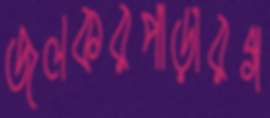
জলকরপাড়ারগ